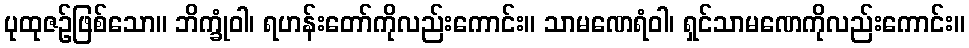
ပုထုဇဉ်ဖြစ်သော။ ဘိက္ခုံဝါ၊ ရဟန်းတော်ကိုလည်းကောင်း။ သာမဏေရံဝါ၊ ရှင်သာမဏေကိုလည်းကောင်း။